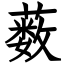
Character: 薮